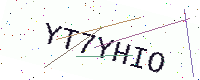
Text: YT7YHIO